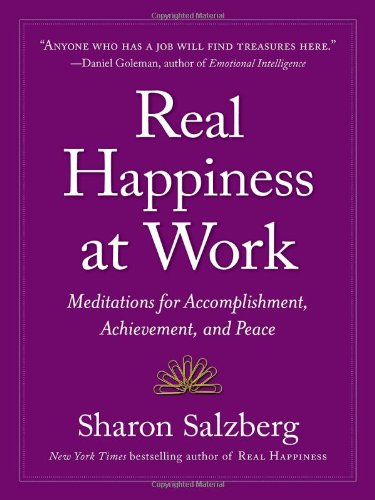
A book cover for Real Happiness at Work: Meditations for Accomplishment, Achievement, and Peace; Sharon Salzberg; Business & Money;